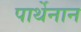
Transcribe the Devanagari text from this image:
पार्थेनान